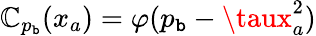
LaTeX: \mathbb{C}_{p_{\mathtt{b}}}(x_{a})=\varphi(p_{\mathtt{b}}-\taux_{a}^{2})